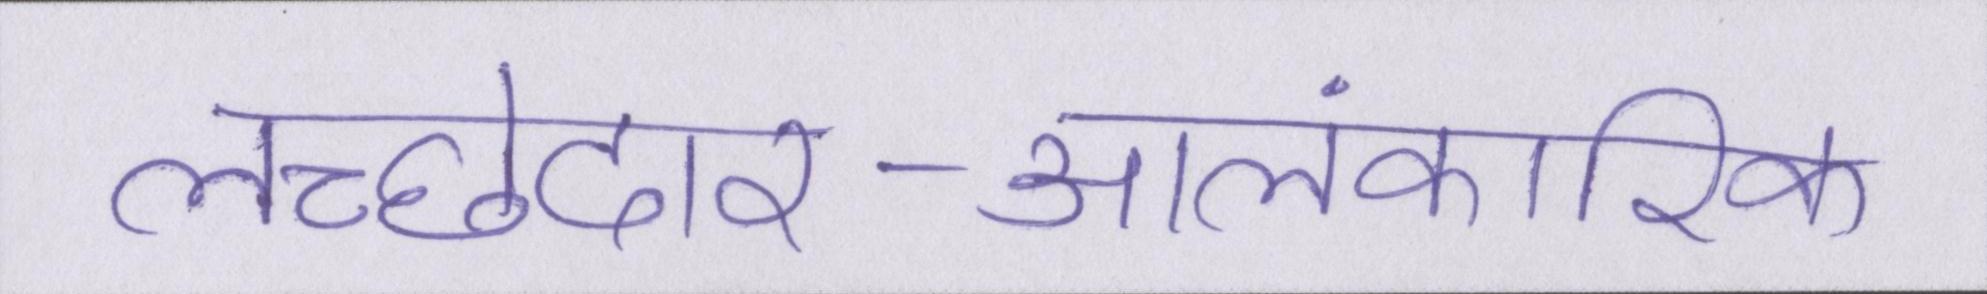
लच्छेदार-आलंकारिक